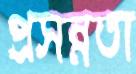
প্রসন্নতা